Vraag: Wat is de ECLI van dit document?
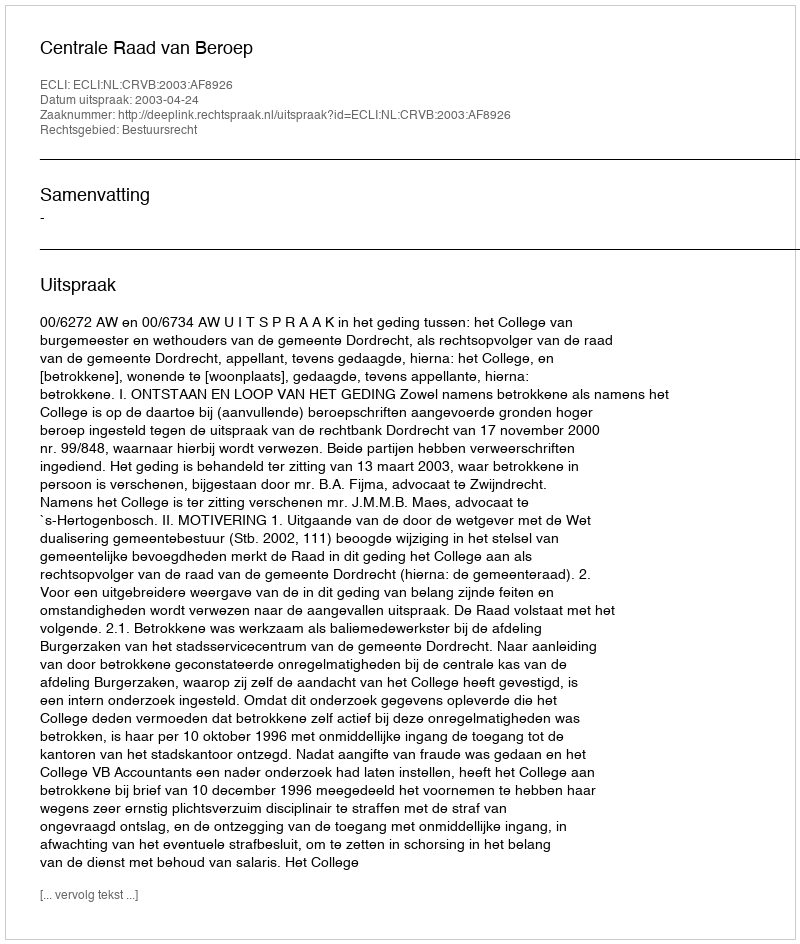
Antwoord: ECLI:NL:CRVB:2003:AF8926